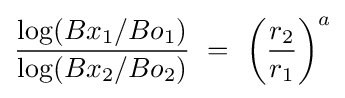
{{\log(Bx_{1}/Bo_{1})} \over {\log(Bx_{2}/Bo_{2})}}\ =\ \left({r_{2} \over r_{1}}\right)^{a}